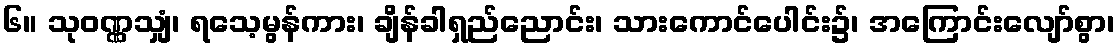
၆။ သုဝဏ္ဏသျှံ၊ ရသေ့မွန်ကား၊ ချိန်ခါရှည်ညောင်း၊ သားကောင်ပေါင်း၌၊ အကြောင်းလျော်စွာ၊